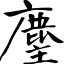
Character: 麈